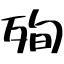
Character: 殉